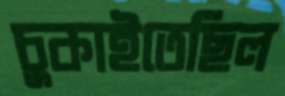
চুকাইতেছিল